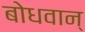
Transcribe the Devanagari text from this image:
बोधवान्